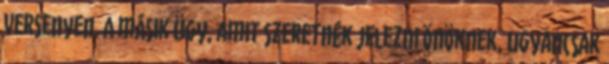
versenyen. A másik ügy, amit szeretnék jelezni Önöknek, ugyancsak